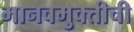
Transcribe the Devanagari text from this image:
मानवमुक्तीची